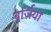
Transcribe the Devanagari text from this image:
बुर्ज़ियो